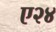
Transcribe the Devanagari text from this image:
ए२४